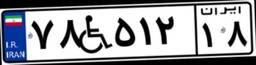
۷۸W۵۱۲۱۸